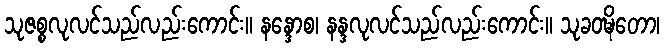
သုဇစ္စလုလင်သည်လည်းကောင်း။ နန္ဒောစ၊ နန္ဒလုလင်သည်လည်းကောင်း။ သုခဝဍ္ဎိတော၊